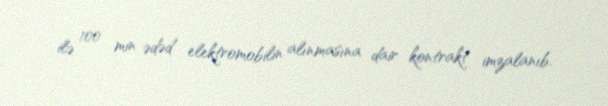
ilə 100 min ədəd elektromobilin alınmasına dair kontrakt imzalanıb.